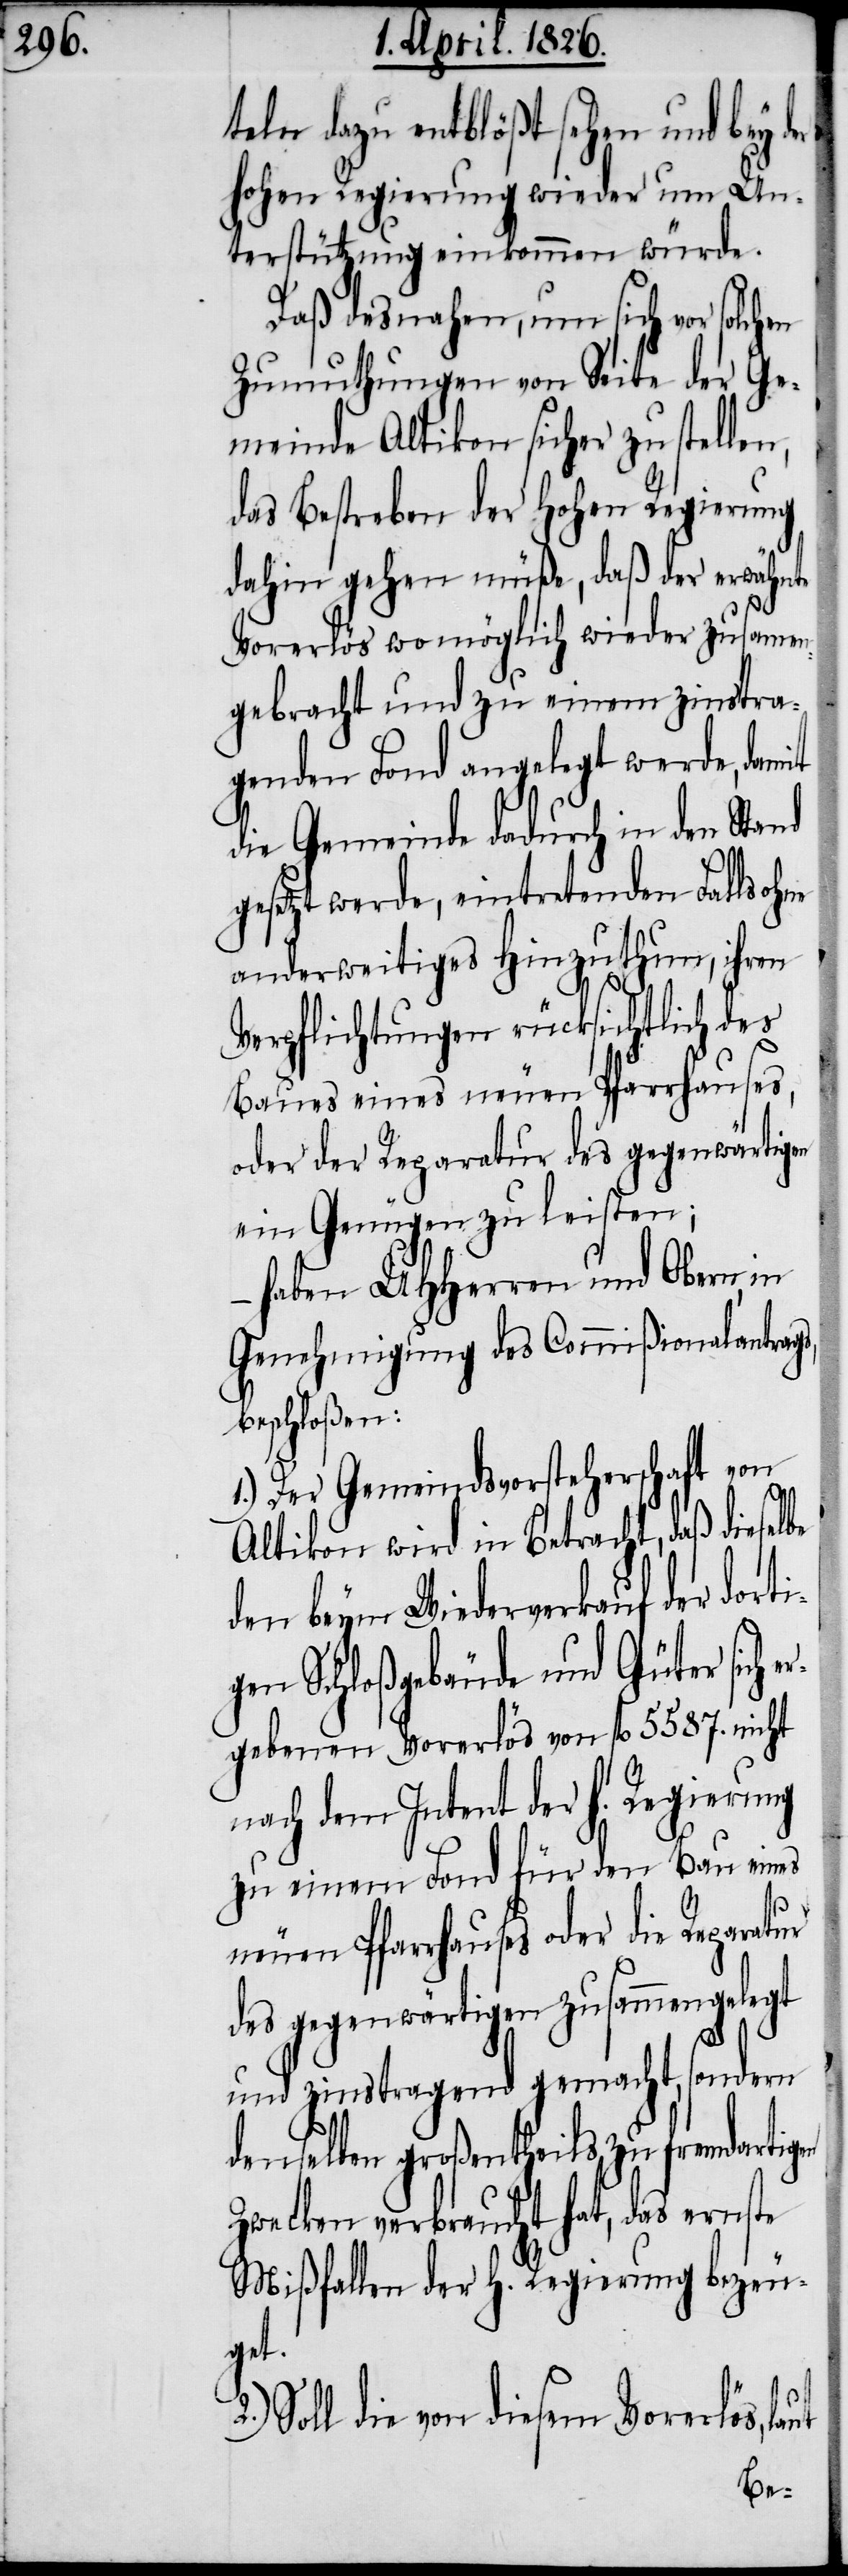
teln dazu entblößt sehen und bey der
hohen Regierung wieder um Un¬
terstützung einkommen würde.
Daß desnahen, um sich vor solchen
Zumuthungen von Seite der Ge¬
meinde Altikon sicher zu stel¬
das Bestreben der hohen Regierung
dahin gehen müße, daß der erwähnte
Vorerlös wo möglich wieder zusammen¬
gebracht und zu einem zinstra¬
genden Fond angelegt werde, damit
die Gemeinde dadurch in den Stand
gesetzt werde, eintretenden Falls ohne
anderweitiges Hinzuthun, ihren
Verpflichtungen rücksichtlich des
Baues eines neuen Pfarrhauses,
oder der Reparatur des gegenwärti¬
ein Genügen zu leisten;
haben UHHerren und Obern, in
Genehmigung des Commißionalantra¬
beschloßen:
1.) Der Gemeindsvorsteherschaft von
Altikon wird in Betracht, daß diese¬
den beym Wiederverkauf der dort¬
igen Schloßgebäude und Güter sich
gebenen Vorerlös von fl. 5587. nicht
nach dem Intent der h. Regierung
zu einem Fond für den Bau eines
neuen Pfarrhauses oder die
des gegenwärtigen zusammengelegt
und zinstragend gemacht, sondern
denselben großentheils zu fremdartigen
Zwecken verbraucht hat, das ernste
Mißfallen der h. Regierung bezeu¬
get.
Soll die von diesem Vorerlös, laut
2.)